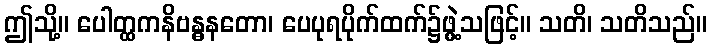
ဤသို့။ ပေါတ္ထကနိဗန္ဓနတော၊ ပေပုရပိုက်ထက်၌ဖွဲ့သဖြင့်။ သတိ၊ သတိသည်။